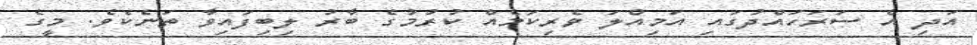
އަދި އެ ސަރަހައްދުގައި އަމިއްލަ ވެރިކަމެއް ކުރުމުގެ ބާރު ލިބިފައިވާ ތަނެކެވެ. މީގެ